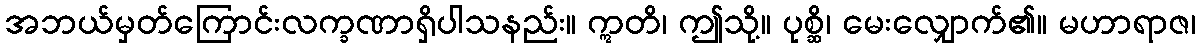
အဘယ်မှတ်ကြောင်းလက္ခဏာရှိပါသနည်း။ ဣတိ၊ ဤသို့။ ပုစ္ဆိ၊ မေးလျှောက်၏။ မဟာရာဇ၊